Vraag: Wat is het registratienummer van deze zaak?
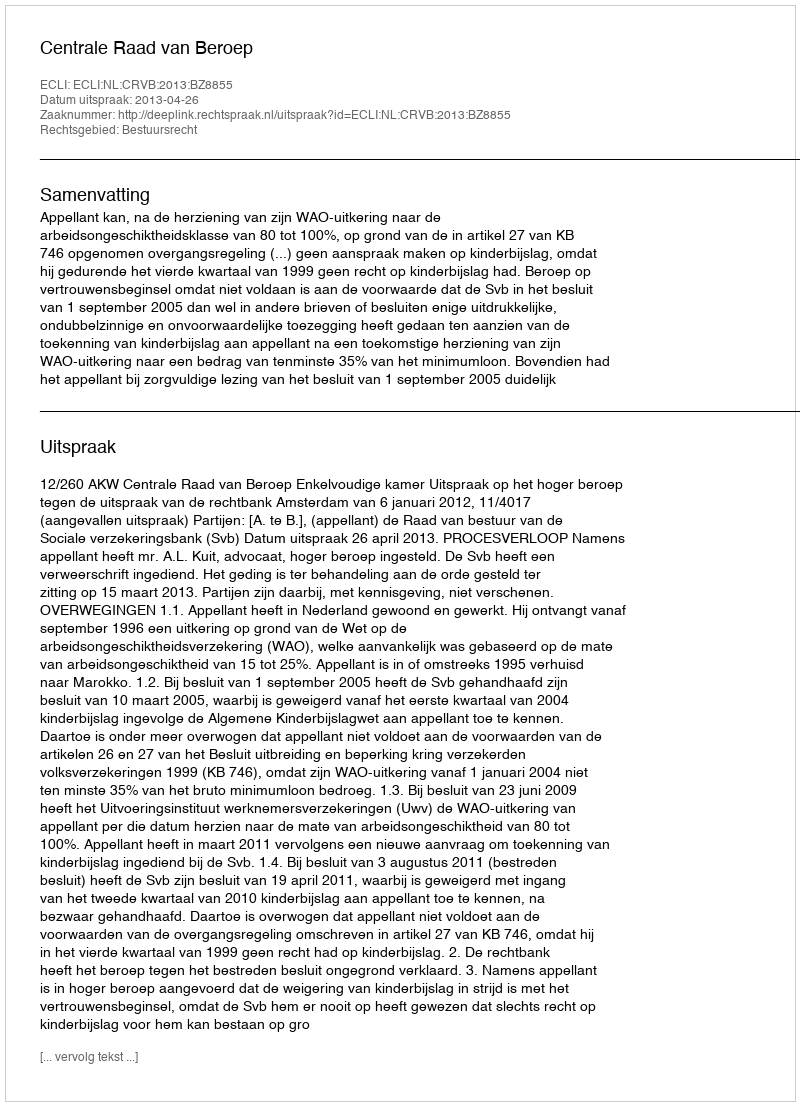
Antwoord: http://deeplink.rechtspraak.nl/uitspraak?id=ECLI:NL:CRVB:2013:BZ8855